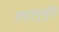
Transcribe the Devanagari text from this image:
तदानुभूति